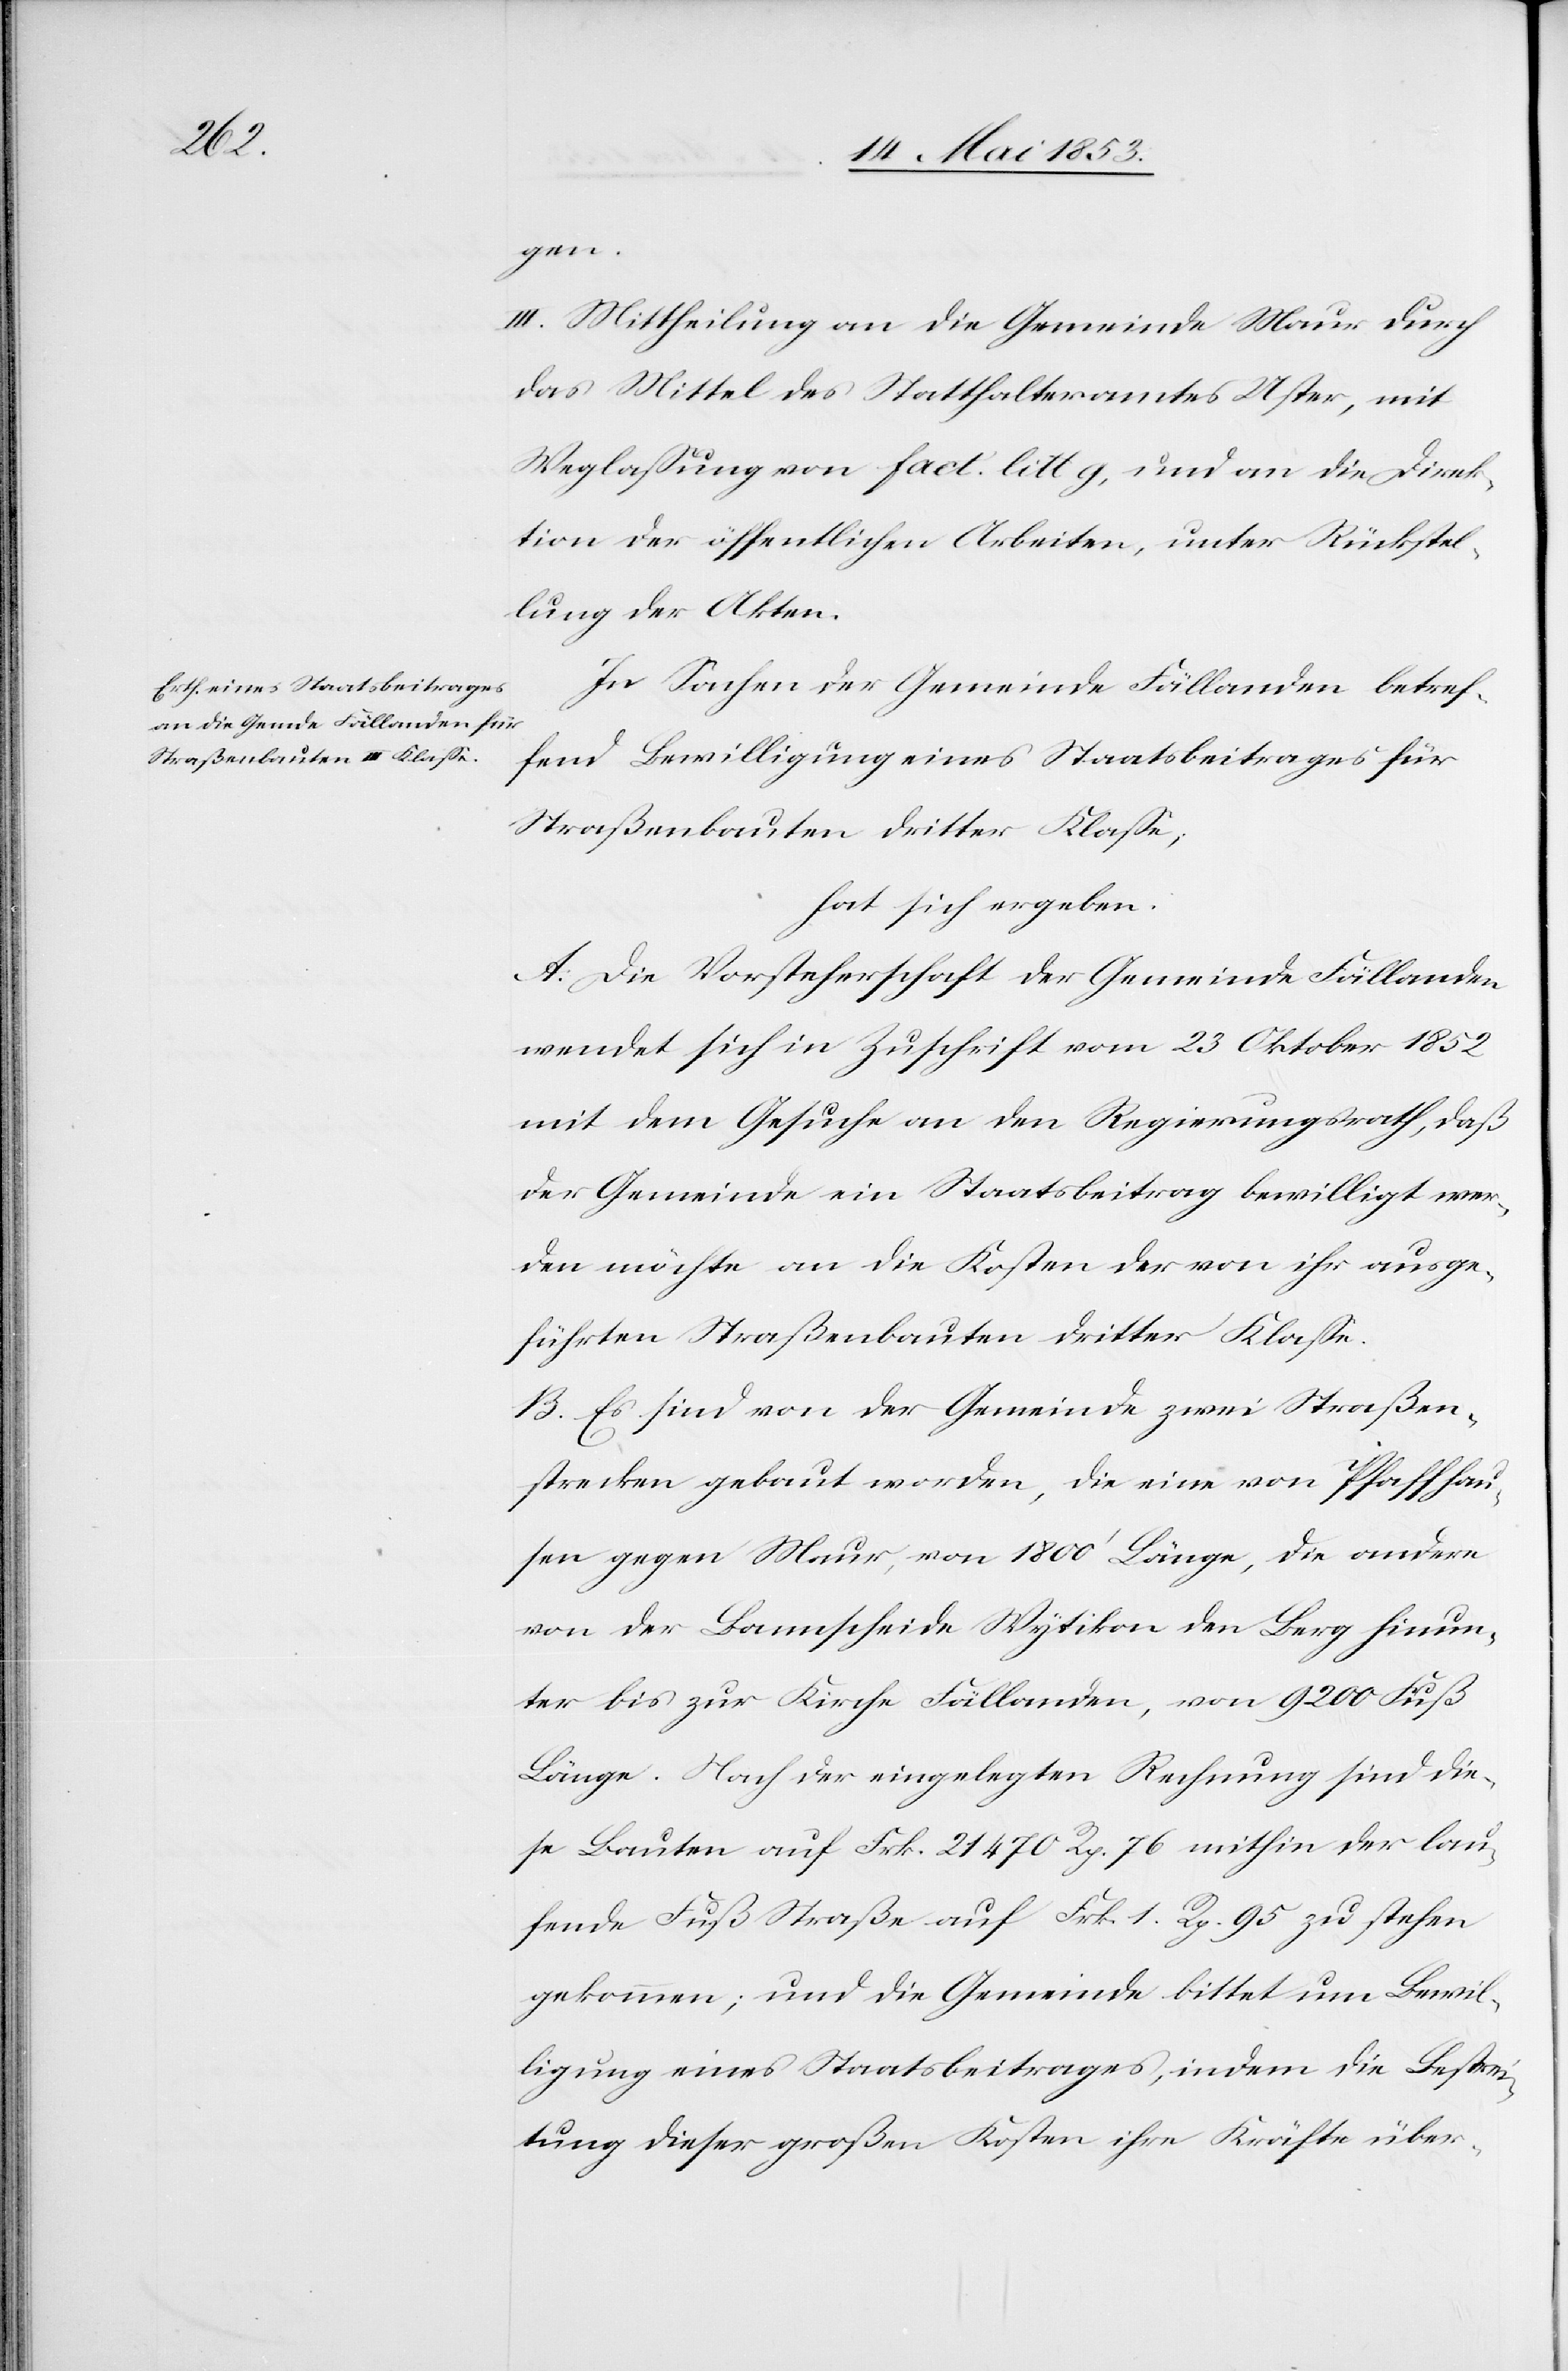
1.

gen.
III. Mittheilung an die Gemeinde Maur durch
das Mittel des Statthalteramtes Uster, mit
Weglaßung von fact. litt. g, und an die Direk¬
tion der öffentlichen Arbeiten, unter Rückstel¬
lung der Akten.
In Sachen der Gemeinde Fällanden betref¬
fend Bewilligung eines Staatsbeitrages für
Straßenbauten dritter Klaße;
hat sich ergeben.
A. Die Vorsteherschaft der Gemeinde Fällanden
wendet sich in Zuschrift vom 23 Oktober 1852
mit dem Gesuche an den Regierungsrath, daß
der Gemeinde ein Staatsbeitrag bewilligt wer¬
den möchte an die Kosten der von ihr ausge¬
führten Straßenbauten dritter Klaße.
B. Es sind von der Gemeinde zwei Straßen¬
strecken gebaut worden, die eine von Pfaffhau¬
sen gegen Maur, von 1800’ Länge, die andere
von der Bannscheide Wytikon den Berg hinun¬
ter bis zur Kirche Fällanden, von 9200 Fuß
Länge. Nach der eingelegten Rechnung sind die¬
se Bauten auf Frk. 21470 Rp. 76 mithin der lau¬
gekommen; und die Gemeinde bittet um Bewil¬
ligung eines Staatsbeitrages, indem die Besti¬
mmung dieser großen Kosten ihre Kräfte über-